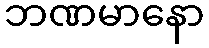
ဘဏမာနော